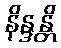
နိန္ဒန္တိ